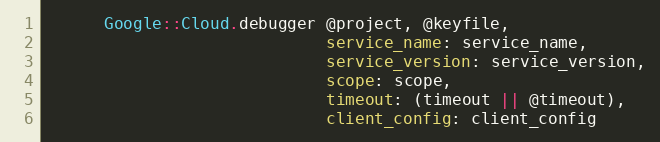
Language: Ruby
      Google::Cloud.debugger @project, @keyfile,
                             service_name: service_name,
                             service_version: service_version,
                             scope: scope,
                             timeout: (timeout || @timeout),
                             client_config: client_config